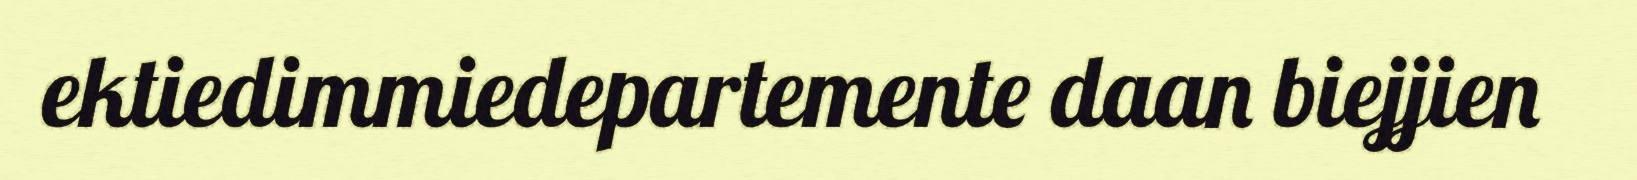
ektiedimmiedepartemente daan biejjien